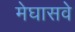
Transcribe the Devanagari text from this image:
मेघासवे